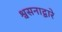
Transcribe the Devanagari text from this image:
श्वसनाद्वारे